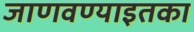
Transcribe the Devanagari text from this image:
जाणवण्याइतका